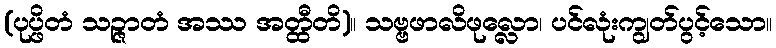
(ပုပ္ဖိတံ သဉ္ဇာတံ အဿ အတ္ထီတိ)။ သဗ္ဗဖာလိဖုလ္လော၊ ပင်လုံးကျွတ်ပွင့်သော။